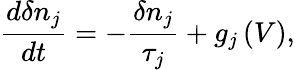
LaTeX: \frac{d\delta n_{j}}{dt}=-\frac{\delta n_{j}}{\tau_{j}}+g_{j}\left(V\right),